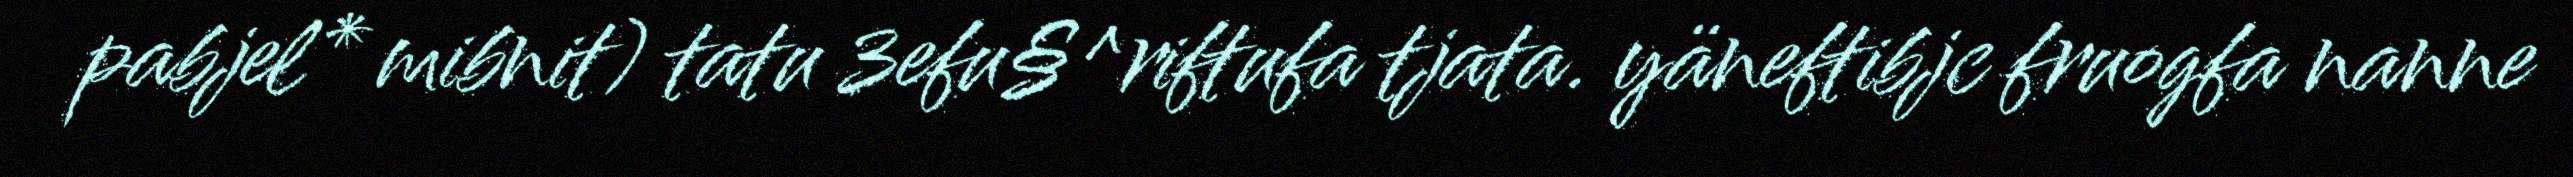
pabjel* mibnit) tatu 3efu§^riftufa tjata. yäneftibjc fruogfa nanne